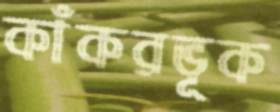
কাঁকরভূক